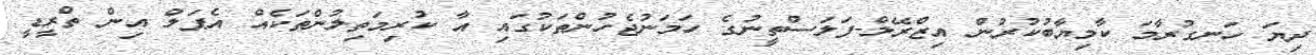
ދިޔަ ހަނގުރާމަ ކާމިޔާބުކުރުން އިޒްރޭލް-ފަލަސްތީނުގެ ހަމަނުޖެހުންތަކުގައި އާ ކުރިމަތިލުންތަކެއް އެޕަލް އިން ތްރީޑީ